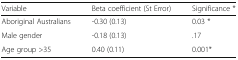
| Variable | Beta coefficient (St Error) | Significance * |
 | --- | --- | --- |
 | Aboriginal Australians | -0.30 (0.13) | 0.03 * |
 | Male gender | -0.18 (0.13) | .17 |
 | Age group >35 | 0.40 (0.11) | 0.001* |